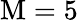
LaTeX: \mathrm{{M}}=5